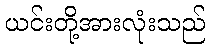
ယင်းတို့အားလုံးသည်